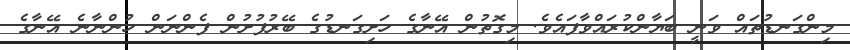
މިންގަނޑުތައް ވަނީ ބަޔާންކުރައްވާފައެވެ. މިގޮތުން އޭނާގެ ހަށިގަނޑުގެ ބޭރުފުށުން ފެންނަން ހުންނާނެ އޭނާގެ